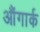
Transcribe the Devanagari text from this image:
औंगार्क